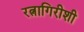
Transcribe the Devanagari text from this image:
रत्नागिरीशी